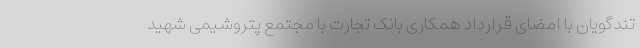
تندگویان با امضای قرارداد همکاری بانک تجارت با مجتمع پتروشیمی شهید